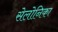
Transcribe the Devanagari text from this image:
सेलोनिका